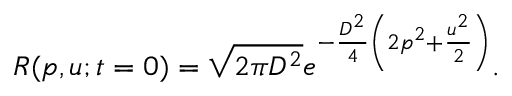
R ( p , u ; t = 0 ) = \sqrt { 2 \pi D ^ { 2 } } e ^ { - \frac { D ^ { 2 } } { 4 } \left( 2 p ^ { 2 } + \frac { u ^ { 2 } } { 2 } \right) } .